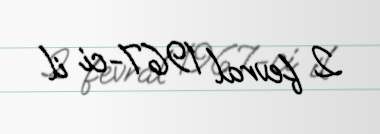
2 fevral 1967-ci il